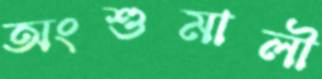
অংশুমালী